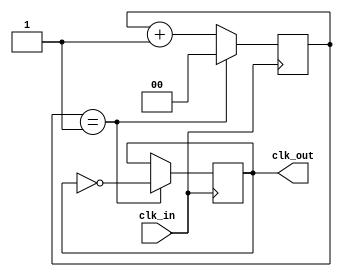
module clock_divider (
    input wire clk_in,
    output reg clk_out
);

parameter DIV_RATIO = 2;  // Change this parameter to adjust the division ratio

reg [DIV_RATIO-1:0] divider;

always @(posedge clk_in) begin
    if (divider == DIV_RATIO-1) begin
        clk_out <= ~clk_out;
        divider <= 0;
    end else begin
        divider <= divider + 1;
    end
end

endmodule